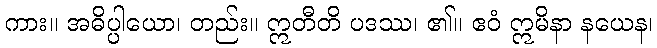
ကား။ အဓိပ္ပါယော၊ တည်း။ ဣတီတိ ပဒဿ၊ ၏။ ဧဝံ ဣမိနာ နယေန၊